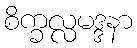
စိက္ခလ္လမဒ္ဒနာ